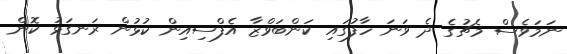
ނަމަވެސް މެޗުގެ ދެ ވަނަ ހާފުގައި ކަންބަވްޒާ އެފްސިއިން ކުޅުން ރަނގަޅު ކޮން